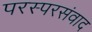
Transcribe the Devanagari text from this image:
परस्परसंवाद